First report of the anti-malarial operations at Mian Mir, 1901-1903 - Number 6
Year: 1901
Disease focus: Malaria
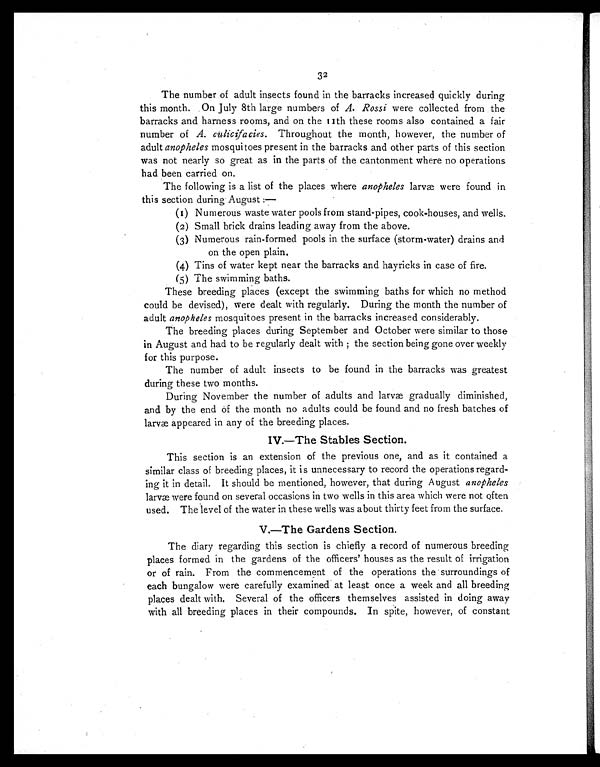
32
The number of adult insects found in the barracks increased quickly during
this month. On July 8th large numbers of A. Rossi were collected from the
barracks and harness rooms, and on the 11th these rooms also contained a fair
number of A. culicifacies.T h r o u g h o u t t h e m o n t h , h o w e v e r , t h e n u m b e r o f
adult anopheles mosquitoes present in the barracks and other parts of this section
was not nearly so great as in the parts of the cantonment where no operations
had been carried on.
The following is a list of the places where anopheles larvæ were found in
this section during August:
—
(1) Numerous waste water pools from stand-pipes, cook-houses, and wells.
(2) Small brick drains leading away from the above.
(3) Numerous rain-formed pools in the surface (storm-water) drains and
on the open plain.
(4) Tins of water kept near the barracks and hayricks in case of fire.
(5) The swimming baths.
These breeding places (except the swimming baths for which no method
could be devised), were dealt with regularly. During the month the number of
adult anopheles mosquitoes present in the barracks increased considerably.
The breeding places during September and October were similar to those
in August and had to be regularly dealt with ; the section being gone over weekly
for this purpose.
The number of adult insects to be found in the barracks was greatest
during these two months.
During November the number of adults and larvæ gradually diminished,
and by the end of the month no adults could be found and no fresh batches of
larvæ appeared in any of the breeding places.
IV.—The Stables Section.
This section is an extension of the previous one, and as it contained a
similar class of breeding places, it is unnecessary to record the operations regard-
ing it in detail. It should be mentioned, however, that during August anopheles
larvæ were found on several occasions in two wells in this area which were not often
used. The level of the water in these wells was about thirty feet from the surface.
V.—The Gardens Section.
The diary regarding this section is chiefly a record of numerous breeding
places formed in the gardens of the officers' houses as the result of irrigation
or of rain. From the commencement of the operations the surroundings of
each bungalow were carefully examined at least once a week and all breeding
places dealt with. Several of the officers themselves assisted in doing away
with all breeding places in their compounds. In spite, however, of constant